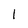
Character: l